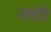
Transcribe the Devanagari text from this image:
नाची।